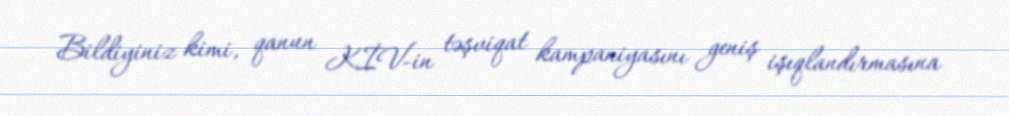
Bildiyiniz kimi, qanun KİV-in təşviqat kampaniyasını geniş işıqlandırmasına